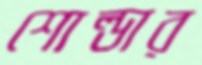
শোল্ডার